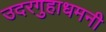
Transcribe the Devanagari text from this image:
उदरगुहाधमनी